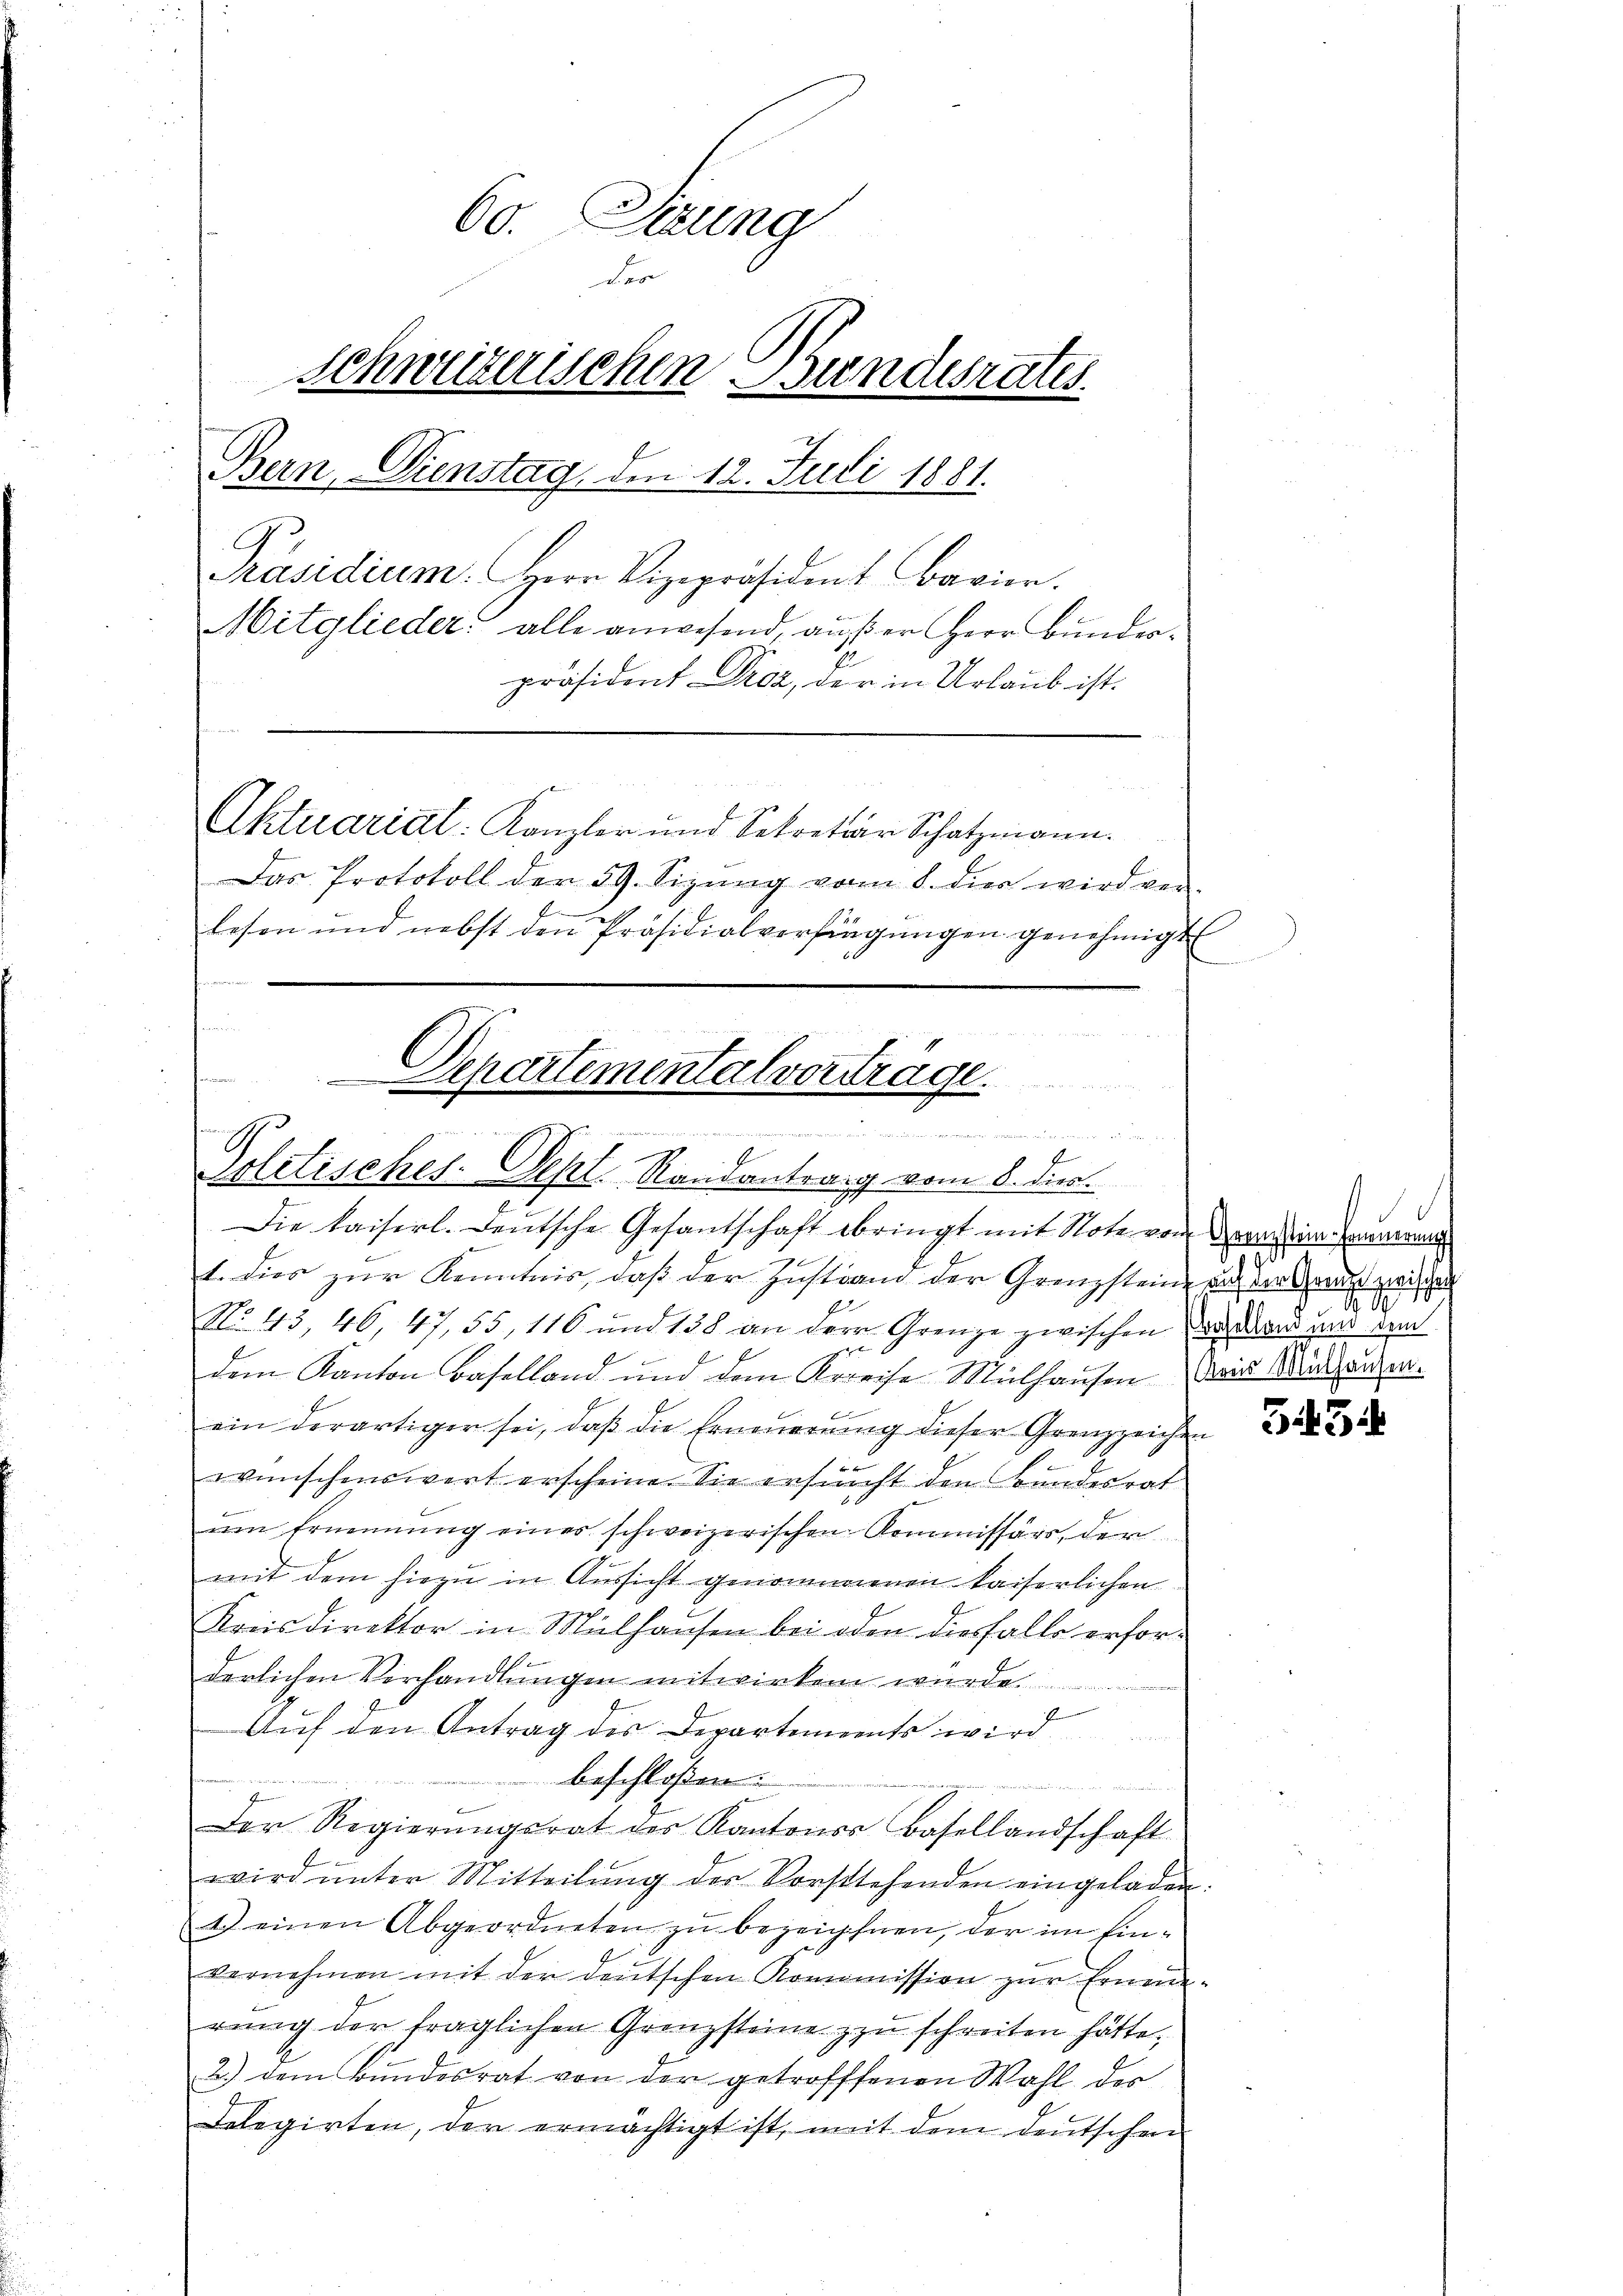
60. Sirung
der
schweizerischen Bundesrates.
Bern, Dienstag, den 12. Juli 1881.
G
Präsidium. Herr Vizepräsident Bavier.
Mitglieder alle anwesend, außer Herr Bunder¬
E
präsident Droz, der in Urlaub ist.

1
Aktuariat: Kanzler und betretär Schatzmann.
Das Protokoll den 59. Sizŭng vom 8. dies wird von
lesen und nebst den Präsidialvorfingungen genehmigt

e
Departementalvertrage
 e den
f
Politisches. Sept. Randantrang vom 8. dies
Die kaiserl. Deutsche Gesantschaft bringt mit Note von aneinsamen

1. dies zur Kenntnis, daß der Zustand der Grenzsteine aus der Graus zwischen
No. 43, 46, 47, 55, 116 und 158 an der Grenze zwischen Du dann und dem
dem Kanton Baselland und dem Kreise Mülhausen Wird Mein anden.
ein derartiger sei, daß die Erneuerung dieser Grenzzeichen
wünschenswert erscheine. Sie ersucht den Bundesrat
um Ernennung eines schweizerischen Kommissärs, der
mit dem hiezu in Aussicht genommenen kaiserlichen
Kreisdirektor in Mülhausen bei oder diesfalls erforh
derlichen Verhandlungen mitwirken würde.
f
Auf den Antrag des Departements wird
beschloßen:
Der Regierŭngsrat des Kantonss Basellandschaft
wird ŭnter Mitteilŭng der Vorstehenden eingeladen.
1.) einen Abgeordneten zu bezeichnen, der im Einvernehmen mit der deutschen Kommission zur Erneue-
rung der fraglichen Grenzsteine zu schreiten hätte,
2.) dem Bŭndesrat von der getroffenen Wahl der
Delegirten, der ermächtigt ist, mit dem deutschen

.
1

3454